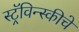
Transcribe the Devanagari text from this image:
स्ट्रॅविन्स्कीचे